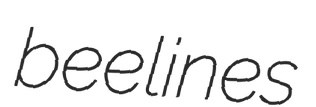
beelines